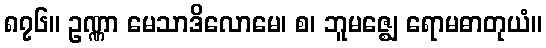
၈၇၆။ ဥဏ္ဏာ မေသာဒိလောမေ၊ စ၊ ဘူမဇ္ဈေ ရောမဓာတုယံ။